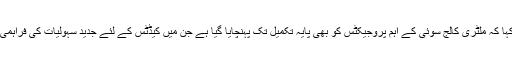
علاوہ ازیں انہوں نے کہا کہ ملٹری کالج سوئی کے اہم پروجیکٹس کو بھی پایہ تکمیل تک پہنچایا گیا ہے جن میں کیڈٹس کے لئے جدید سہولیات کی فراہمی کو یقینی بنایا گیا ہے۔